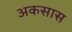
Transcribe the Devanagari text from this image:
अकसास